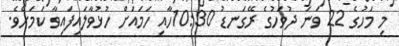
މި މަހުގެ 22 ވަނަ ދުވަހުގެ ރޭގަނޑު 10:30ހާއި ހަމައަށް ހުޅުވާލައިފައިވާ ކަމަށެވެ.